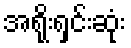
အရိုးရှင်းဆုံး